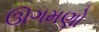
ઊગમણો